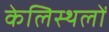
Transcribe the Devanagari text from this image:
केलिस्थलों